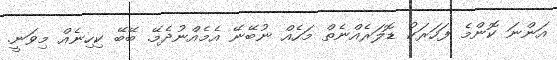
އަންނަ ކޮންމެ ފަހަރަކު ޑޮލަރެއްނެތް މަހެއް ނުބޭނޭ އެމެއްނުދެމޭ. ބޭބޭ ކިހިނެއް މިވަނީ.